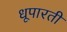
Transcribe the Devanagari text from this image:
धूपारती